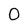
Character: 0